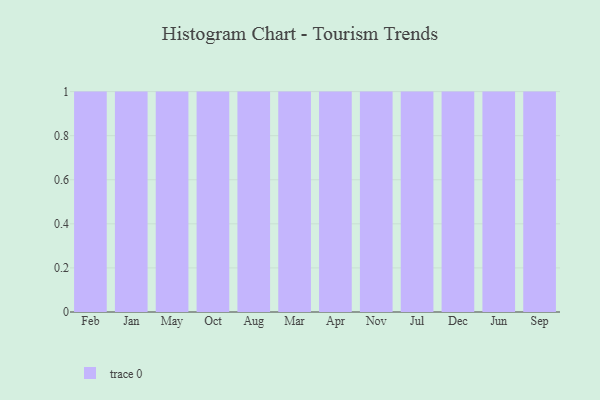
{"axis": {"x": "Month", "y": "Website Visitors"}, "legend": [""], "data": [{"x": "Feb", "y": 80, "type": ""}, {"x": "Jan", "y": 51, "type": ""}, {"x": "May", "y": 2, "type": ""}, {"x": "Oct", "y": 100, "type": ""}, {"x": "Aug", "y": 96, "type": ""}, {"x": "Mar", "y": 60, "type": ""}, {"x": "Apr", "y": 87, "type": ""}, {"x": "Nov", "y": 22, "type": ""}, {"x": "Jul", "y": 79, "type": ""}, {"x": "Dec", "y": 14, "type": ""}, {"x": "Jun", "y": 89, "type": ""}, {"x": "Sep", "y": 14, "type": ""}]}